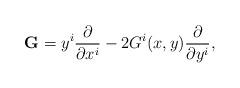
LaTeX: \begin{align*}{\bf G}=y^i {{\partial} \over {\partial x^i}}-2G^i(x,y){{\partial} \over {\partial y^i}},\end{align*}